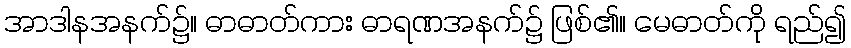
အာဒါနအနက်၌။ ဓာဓာတ်ကား ဓာရဏအနက်၌ ဖြစ်၏။ မေဓာတ်ကို ရည်၍